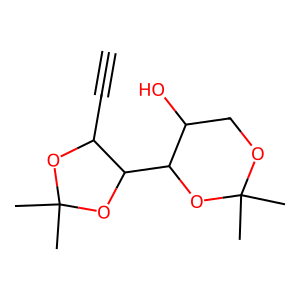
SMILES: C#CC1OC(C)(C)OC1C1OC(C)(C)OCC1O
Inhibits HIV replication: No